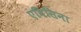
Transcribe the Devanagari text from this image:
एविसिना